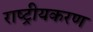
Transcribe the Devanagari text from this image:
राष्‍ट्रीयकरण